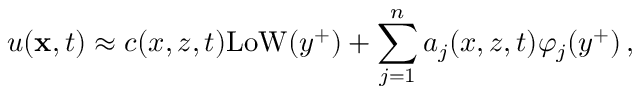
u ( { \bf x } , t ) \approx c ( x , z , t ) \mathrm { L o W } ( y ^ { + } ) + \sum _ { j = 1 } ^ { n } a _ { j } ( x , z , t ) \varphi _ { j } ( y ^ { + } ) \, ,